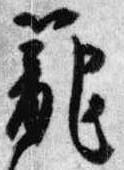
籠